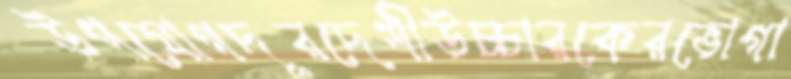
উপযোগদূরদেশীউচ্চারকেরভোগা